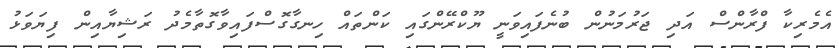
އެމެރިކާ ފްރާންސް އަދި ޖަރުމަނުން ބުނެފައިވަނީ ޔޫކްރޭންގައި ކަންތައް ހިނގާގޮސްފައިވާގޮތާމެދު ރަޝިޔާއިން ފިޔަވަޅު